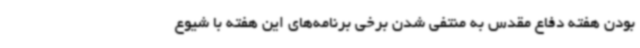
بودن هفته دفاع مقدس به منتفی شدن برخی برنامه‌های این هفته با شیوع